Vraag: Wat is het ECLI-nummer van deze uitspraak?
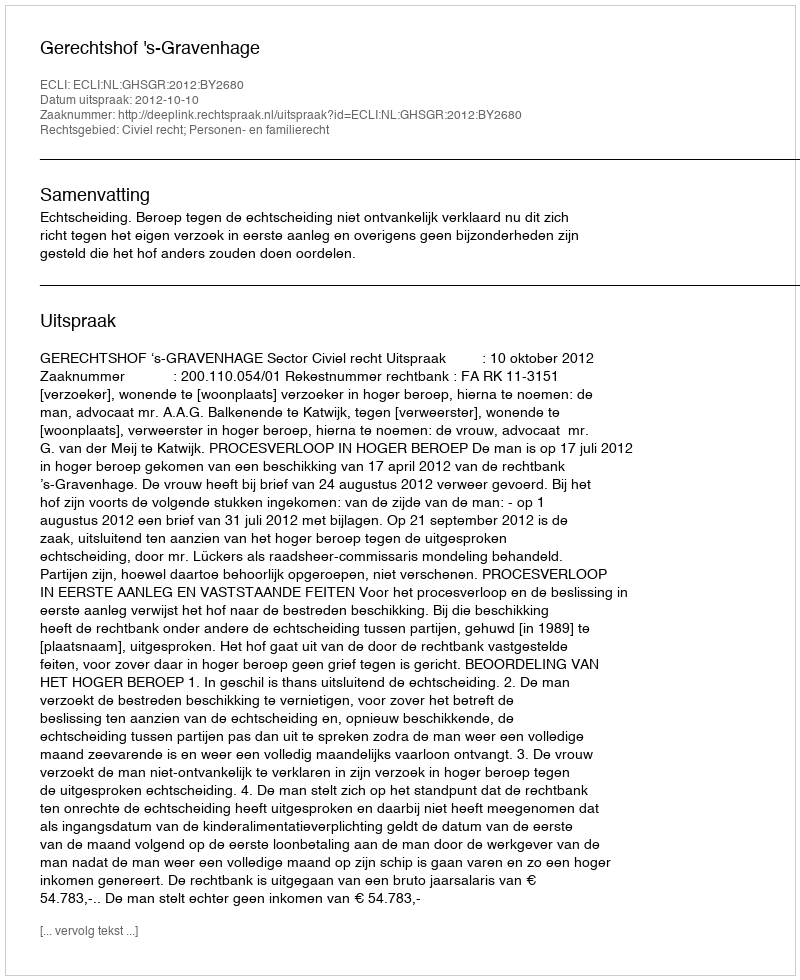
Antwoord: ECLI:NL:GHSGR:2012:BY2680